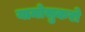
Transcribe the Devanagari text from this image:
यामोसुकरो